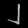
Digit: ၂